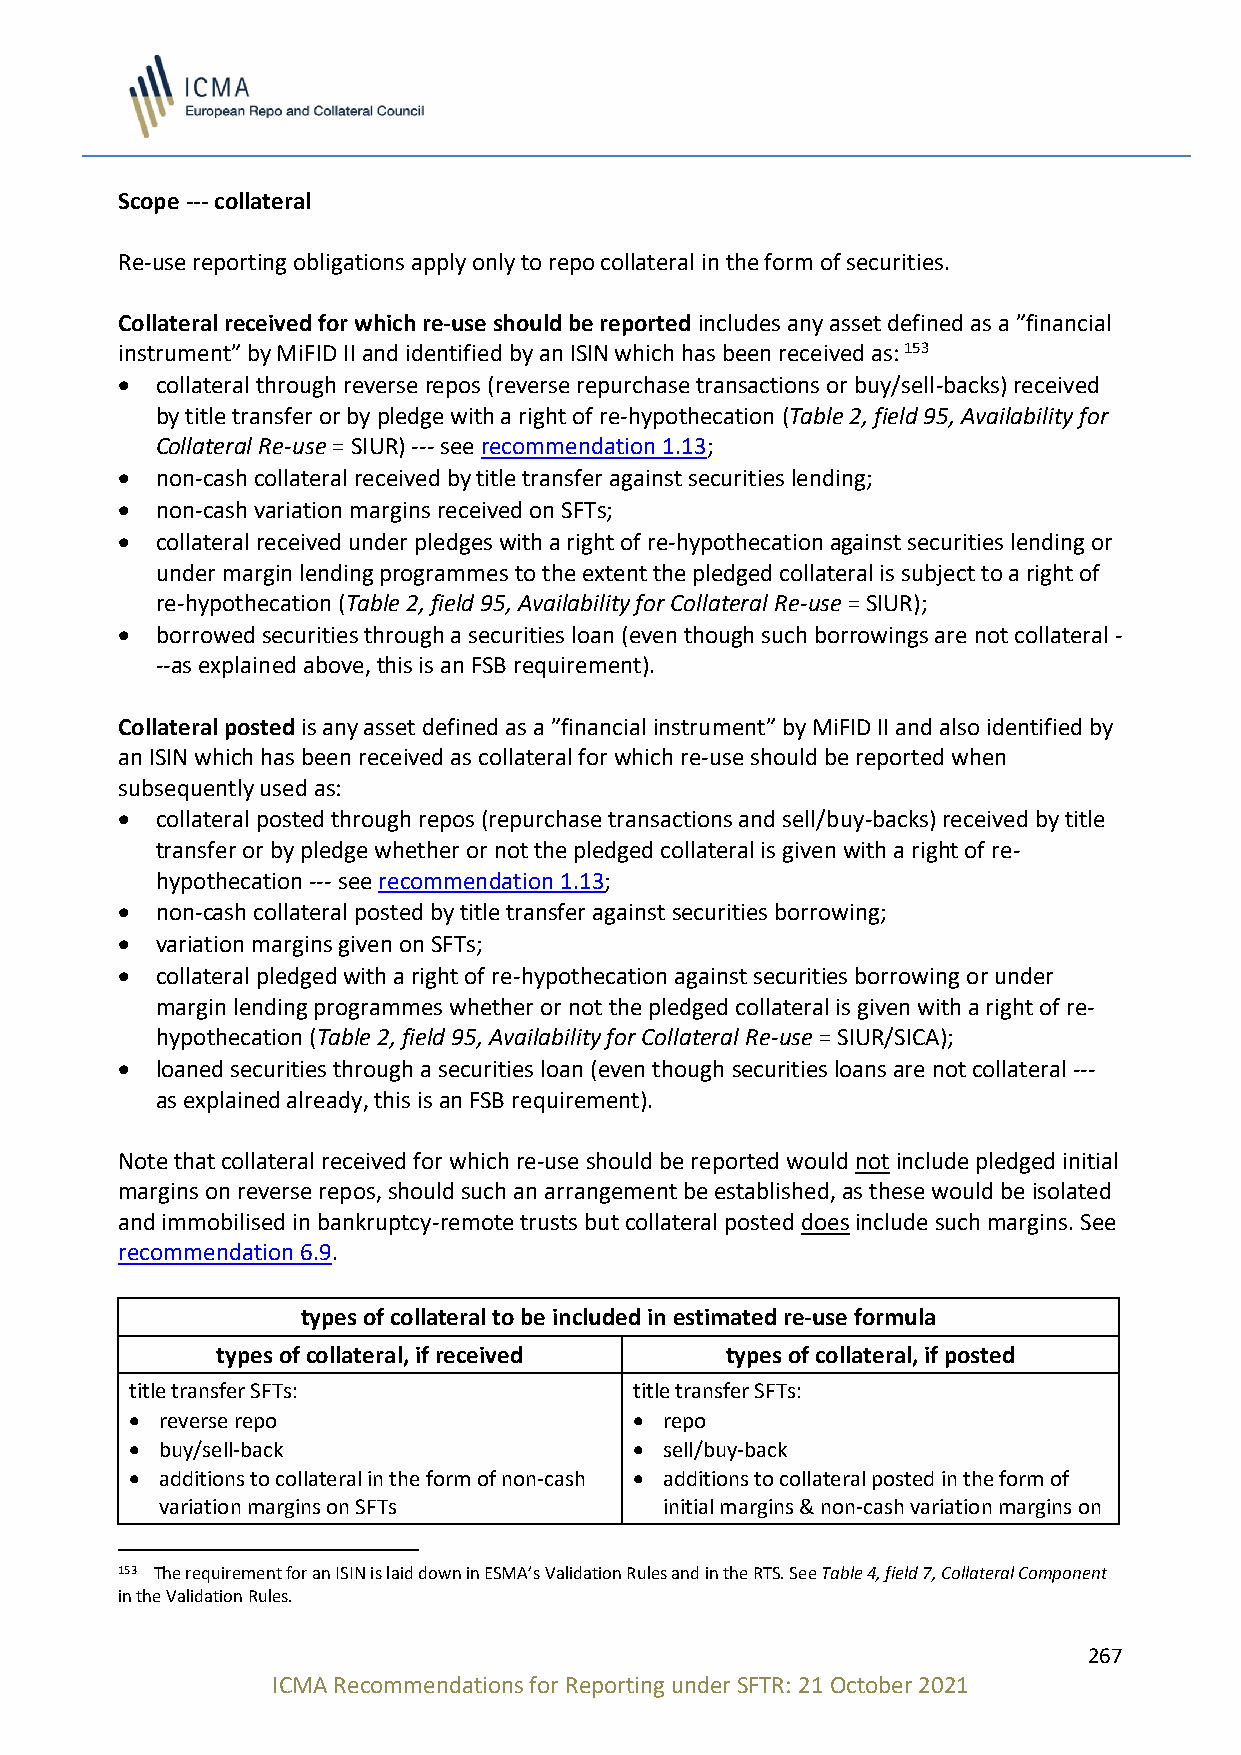
Scope --- collateral
 Re-use reporting obligations apply only to repo collateral in the form of securities.
 Collateral received for which re-use should be reported includes any asset defined as a ”financial
 instrument” by MiFID II and identified by an ISIN which has been received as: 153
 • collateral through reverse repos (reverse repurchase transactions or buy/sell-backs) received
 by title transfer or by pledge with a right of re-hypothecation (Table 2, field 95, Availability for
 Collateral Re-use = SIUR) --- see recommendation 1.13;
 • non-cash collateral received by title transfer against securities lending;
 • non-cash variation margins received on SFTs;
 • collateral received under pledges with a right of re-hypothecation against securities lending or
 under margin lending programmes to the extent the pledged collateral is subject to a right of
 re-hypothecation (Table 2, field 95, Availability for Collateral Re-use = SIUR);
 • borrowed securities through a securities loan (even though such borrowings are not collateral -
 --as explained above, this is an FSB requirement).
 Collateral posted is any asset defined as a ”financial instrument” by MiFID II and also identified by
 an ISIN which has been received as collateral for which re-use should be reported when
 subsequently used as:
 • collateral posted through repos (repurchase transactions and sell/buy-backs) received by title
 transfer or by pledge whether or not the pledged collateral is given with a right of re-
 hypothecation --- see recommendation 1.13;
 • non-cash collateral posted by title transfer against securities borrowing;
 • variation margins given on SFTs;
 • collateral pledged with a right of re-hypothecation against securities borrowing or under
 margin lending programmes whether or not the pledged collateral is given with a right of re-
 hypothecation (Table 2, field 95, Availability for Collateral Re-use = SIUR/SICA);
 • loaned securities through a securities loan (even though securities loans are not collateral ---
 as explained already, this is an FSB requirement).
 Note that collateral received for which re-use should be reported would not include pledged initial
 margins on reverse repos, should such an arrangement be established, as these would be isolated
 and immobilised in bankruptcy-remote trusts but collateral posted does include such margins. See
 recommendation 6.9.
 types of collateral to be included in estimated re-use formula
 types of collateral, if received  types of collateral, if posted
 title transfer SFTs:             title transfer SFTs:
 • reverse repo                   • repo
 • buy/sell-back                  • sell/buy-back
 • additions to collateral in the form of non-cash • additions to collateral posted in the form of
 variation margins on SFTs        initial margins & non-cash variation margins on
 153 The requirement for an ISIN is laid down in ESMA’s Validation Rules and in the RTS. See Table 4, field 7, Collateral Component
 in the Validation Rules.
 267
 ICMA Recommendations for Reporting under SFTR: 21 October 2021